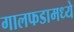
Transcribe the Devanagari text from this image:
गालफडामध्ये